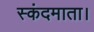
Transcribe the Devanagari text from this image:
स्कंदमाता।